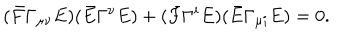
( \bar { F } \Gamma _ { \mu \nu } E ) ( \bar { E } \Gamma ^ { \nu } E ) + ( \bar { F } \Gamma ^ { i } E ) ( \bar { E } \Gamma _ { \mu i } E ) = 0 .